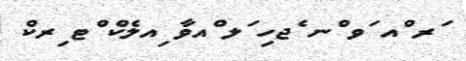
ަރ ްއ ަވ ްނ ެޖހި ަލ ްއވާ ިއލެކް ްޓ ިރކް